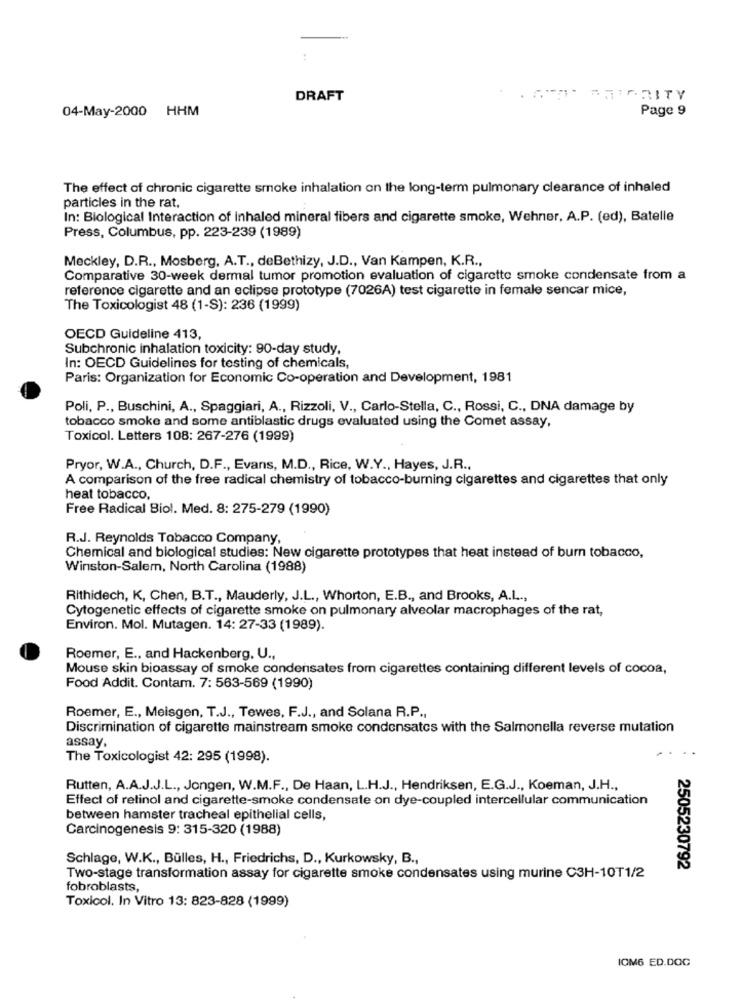
DRAFT
04-May-2000 HHM
Page 9
The effect of chronic cigarette smoke inhalation on the long-term pulmonary clearance of inhaled
particles in the rat,
In: Biological Interaction of Inhaled mineral fibers and cigarette smoke, Wehner, A.P. (ed), Batelle
Press, Columbus, pp. 223-239 (1989)
Meckley, D.R ., Mosberg, A.T ., deBethizy, J.D ., Van Kampen, K.R .,
Comparative 30-week dermal tumor promotion evaluation of cigarette smoke condensate from a
reference cigarette and an eclipse prototype (7026A) test cigarette in female sencar mice,
The Toxicologist 48 (1-S): 236 (1999)
OECD Guideline 413,
Subchronic inhalation toxicity: 90-day study,
In: OECD Guidelines for testing of chemicals,
Paris: Organization for Economic Co-operation and Development, 1981
Poli, P ., Buschini, A ., Spaggiari, A ., Rizzoli, V ., Carlo-Stella, C ., Rossi, C ., DNA damage by
tobacco smoke and some antiblastic drugs evaluated using the Comet assay,
Toxicol. Letters 108: 267-276 (1999)
Pryor, W.A ., Church, D.F ., Evans, M.D ., Rice, W.Y ., Hayes, J.R .,
A comparison of the free radical chemistry of tobacco-burning cigarettes and cigarettes that only
heat tobacco,
Free Radical Biol. Med. 8: 275-279 (1990)
R.J. Reynolds Tobacco Company,
Chemical and biological studies: New cigarette prototypes that heat instead of burn tobacco,
Winston-Salem, North Carolina (1988)
Rithidech, K, Chen, B.T ., Mauderly, J.L ., Whorton, E.B ., and Brooks, A.L .,
Cytogenetic effects of cigarette smoke on pulmonary alveolar macrophages of the rat,
Environ. Mol. Mutagen. 14: 27-33 (1989).
Roemer, E ., and Hackenberg, U .,
Mouse skin bioassay of smoke condensates from cigarettes containing different levels of cocoa,
Food Addit. Contam. 7: 563-569 (1990)
Roemer, E ., Meisgen, T.J ., Tewes, F.J ., and Solana R.P .,
Discrimination of cigarette mainstream smoke condensates with the Salmonella reverse mutation
assay.
The Toxicologist 42: 295 (1998).
Rutten, A.A.J.J.L ., Jongen, W.M.F ., De Haan, L.H.J ., Hendriksen, E.G.J ., Koeman, J.H .,
Effect of retinol and cigarette-smoke condensate on dye-coupled intercellular communication
between hamster tracheal epithelial cells,
Carcinogenesis 9: 315-320 (1988)
Schlage, W.K ., Bülles, H ., Friedrichs, D ., Kurkowsky, B .,
2505230792
Two-stage transformation assay for cigarette smoke condensates using murine C3H-10T1/2
fobroblasts,
Toxicol. In Vitro 13: 823-828 (1999)
IOM6 ED.DOC